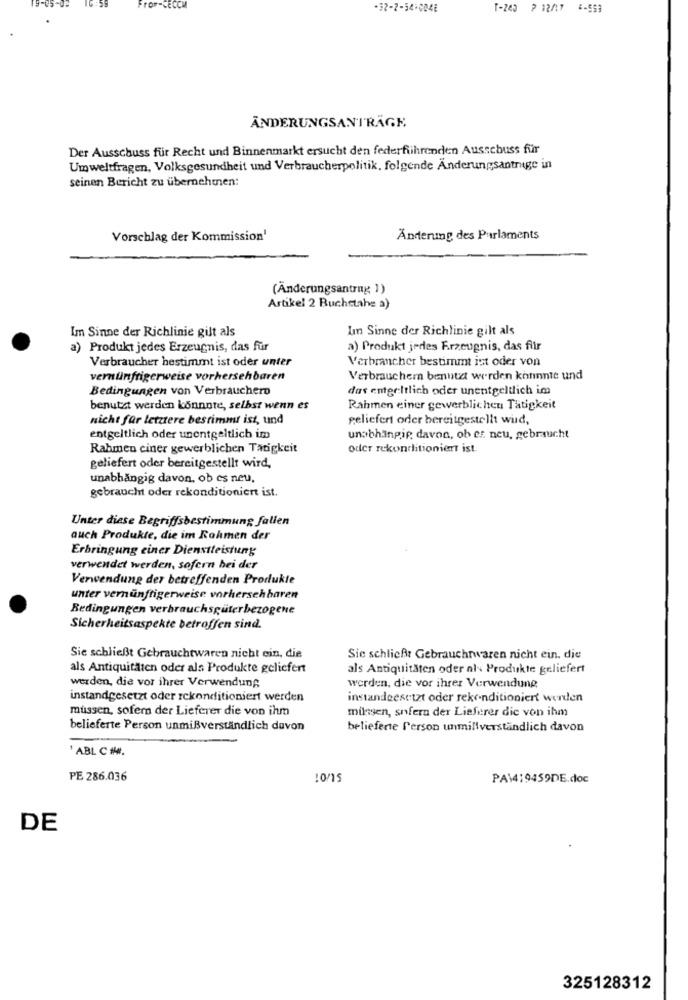
+32-2-34-0048
T-240 2 12/17 6-599
ÄNDERUNGSANTRÄGE
Der Ausschuss für Recht und Binnenmarkt ersucht den federfiihrenden Ausschuss für
Umweltfragen, Volksgesundheit und Verbraucherpolitik, folgende Änderungsantrage in
seinen Bericht zu übernehmen:
Vorschlag der Kommission'
Änderung des Parlaments
(Änderungsantrag 1)
Artikel 2 Buchstahe a)
Im Sinne der Richlinie gilt als
Im Sinne der Richlinie gilt als
a) Produkt jedes Erzeugnis, das für
a) Produkt jedes Erzeugnis, das flir
Verbraucher bestimmt ist oder unter
Verbrancher bestimmt ist oder von
vernünftigerweise vorhersehbaren
Verbrauchern benutzt werden konnte und
Bedingungen von Verbrauchero
das entgeltlich oder unentgeltlich im
benutzt werden könnnte, selbst wenn es
Rahmen einer gewerblichen Tätigkeit
nicht für letztere bestimmt ist, und
geliefert oder bereitgestellt wid,
entgeltlich oder unentgeltlich im
unabhängig davon, ob es. neu, gebraucht
Rahmen ciner gewerblichen Tätigkeit
oder rekondlitioniert ist.
geliefert oder bereitgestellt wird,
unabhängig davon, ob es neu,
gebraucht oder rekonditioniert ist.
Unter diese Begriffsbestimmung fallen
auch Produkte, die im Rahmen der
Erbringung einer Dienstleistung
verwendet werden, sofern bei der
Verwendung der betreffenden Produkte
unter vernünftigerweise vorhersehbaren
Bedingungen verbrauchsgüterbezogene
Sicherheitsaspekte betroffen sind.
Sie schließt Gebrauchtwaren nicht ein, die
Sie schließt Gebrauchtwaren nicht ein. die
als Antiquitäten oder als Produkte geliefert
als Antiquitäten oder al- Produkte geliefert
werden, die vor ihrer Verwendung
werden, die vor ihrer Verwendung
instandgesetzt oder rckonditioniert werden
instandeest:tzt oder rekenditioniert werden
müssen, sofern der Lieferer die von ihm
milyen, sofern der Lieferer dic von ihm
belieferte Person unmißverständlich davon
beliefene Person unmillverständlich davon
' ABL C #.
PE 286.036
10/15
PA\419459DE.doc
DE
325128312